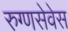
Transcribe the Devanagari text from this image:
रुग्णसेवेस